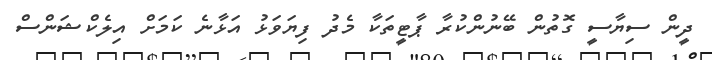
ދީން ސިޔާސީ ގޮތުން ބޭނުންކުރާ ޕާޓީތަކާ މެދު ފިޔަވަޅު އަޅާނެ ކަމަށް އިލެކްޝަންސް